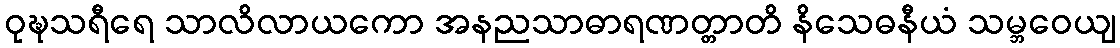
ဝုဍ္ဎသရီရေ သာလိလာယကော အနညသာဓာရဏတ္တာတိ နိသေဓနီယံ သမ္ဘဝေယျ